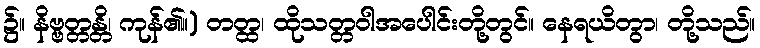
၌။ နိဗ္ဗတ္တန္တိ၊ ကုန်၏။) တတ္ထ၊ ထိုသတ္တဝါအပေါင်းတို့တွင်။ နေရယိတွာ၊ တို့သည်။